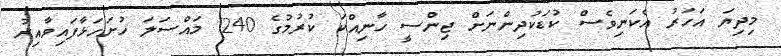
މިދިޔަ އަހަރު އެކަނިވެސް ކުޑަކުދިންނަށް ޖިންސީ ހާނިއްކަ ކުރުމުގެ 240 މައްސަލަ ހުށަހަޅާފައިވާއިރު